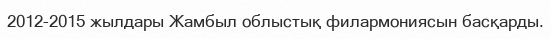
2012-2015 жылдары Жамбыл облыстық филармониясын басқарды.